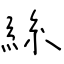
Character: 絲